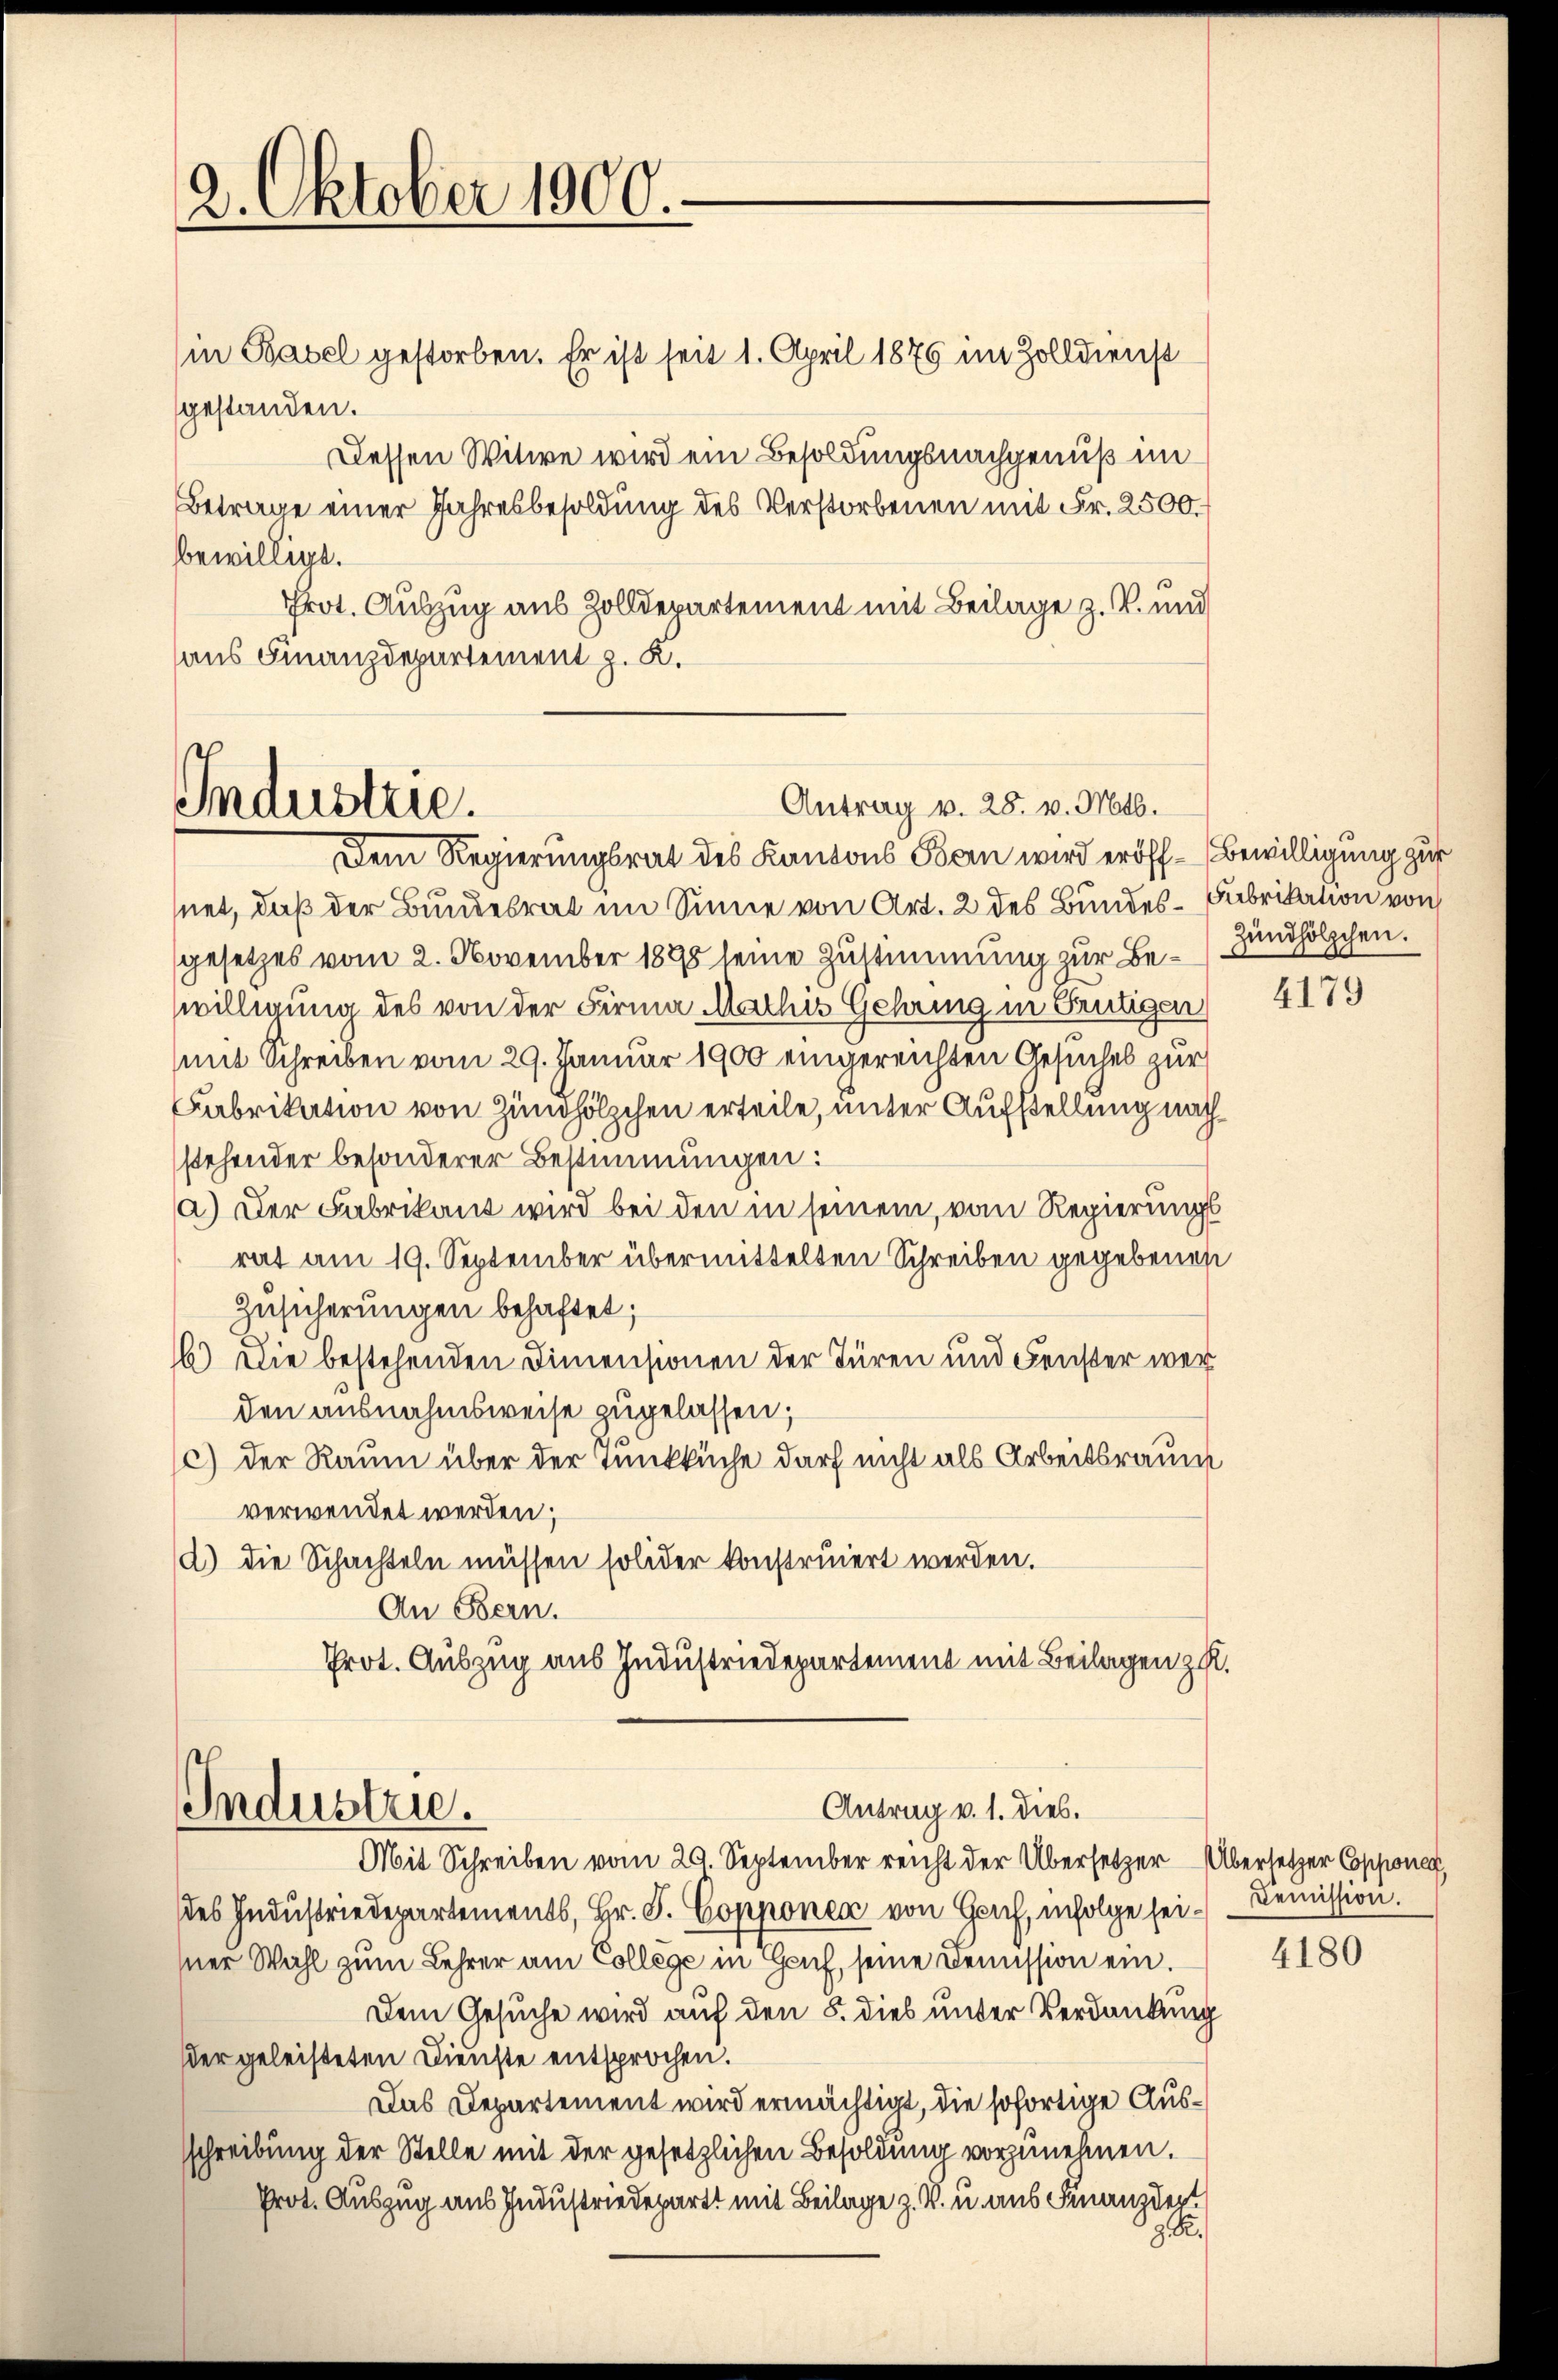
2. Oktober 1900.

(in Basel gestorben. Er ist seit 1. April 1876 im Zolldienst
gestanden.
Dessen Witwe wird ein Besoldungsnachgenuß im
Betrage einer Jahresbesoldung des Verstorbenen mit Fr. 2500.
bewilligt.
Prot. Auszug aus Zolldepartement mit Beilage z. B. und
aus Finanzdepartement z. K.

Industrie.
Antrag v. 28. v. Mts.
Dem Regierungsrat des Kantons Bern wird eröff-Bewilligung zur

net, daß der Bundesrat im Sinne von Art. 2 des Bundes-Fabrikation von
gesetzes vom 2. November 1898 seine Zustimmung zur Bewilligung des von der Firma Mathis Gehring in Frutigen
mit Schreiben vom 29. Januar 1900 eingereichten Gesuches zur
Fabrikation von Zündhölzchen erteile, unter Aufstellung nach
stehender besonderer Bestimmungen:
a) Der Fabrikant wird bei den in seinem, vom Regierungs
rat am 19. September übermittelten Schreiben gegebenen
Zusicherungen behaftet;
16) Die bestehenden Dimensionen der Türen und Fenster wer
den ausnahmsweise zugelassen;
c.) Der Raum über der Tunkküche darf nicht als Arbeitsraum
verwendet werden;
d) die Schachteln müssen solider konstruiert werden.
An Bern.
Prot. Auszug aus Industriedepartement mit Beilagen z. R.

Industrie.
Antrag v. 1. dies.

Zündhölzchen.

Mit Schreiben vom 29. September reicht der Übersetzer Übersetzer Copponen,
des Industriedepartements, Hr. P. Copponen von Geif, infolge sei. Demission.
ner Wahl zum Lehrer am College in Gruf, seine Demission ein.
Dem Gesuche wird auf den 8. dies unter Verdankung
der geleisteten Dienste entsprochen.
Das Departement wird ermächtigt, die sofortige Ausschreibung der Stelle mit der gesetzlichen Besoldung vorzunehmen.
Prot. Auszug aus Industriedepart mit Beilage z. V. u. aus Finanzdert
g. R.

4179

4180